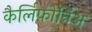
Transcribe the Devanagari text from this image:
कैर्लिफ़ोर्निअ